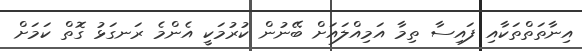
އިނާތަތްތަކާއި ފައިސާ ތިމާ އަމިއްލައަށް ބޭނުން ކުރުމަކީ އެންމެ ރަނގަޅު ގޮތް ކަމަށް